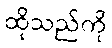
ထိုသည်ကို